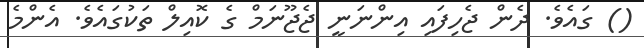
() ގައެވެ. ދެން ޖެހިފައި އިންނަނީ ޖެޖޫނަމް ގެ ކޮއިލް ތަކުގައެވެ. އެންމެ